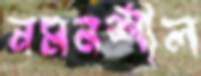
নমনশীল